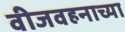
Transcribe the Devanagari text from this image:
वीजवहनाच्या